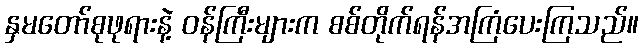
နှမတော်စုဖုရားနဲ့ ဝန်ကြီးများက စစ်တိုက်ရန်အကြံပေးကြသည်။